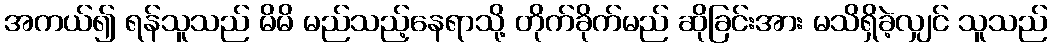
အကယ်၍ ရန်သူသည် မိမိ မည်သည့်နေရာသို့ တိုက်ခိုက်မည် ဆိုခြင်းအား မသိရှိခဲ့လျှင် သူသည်